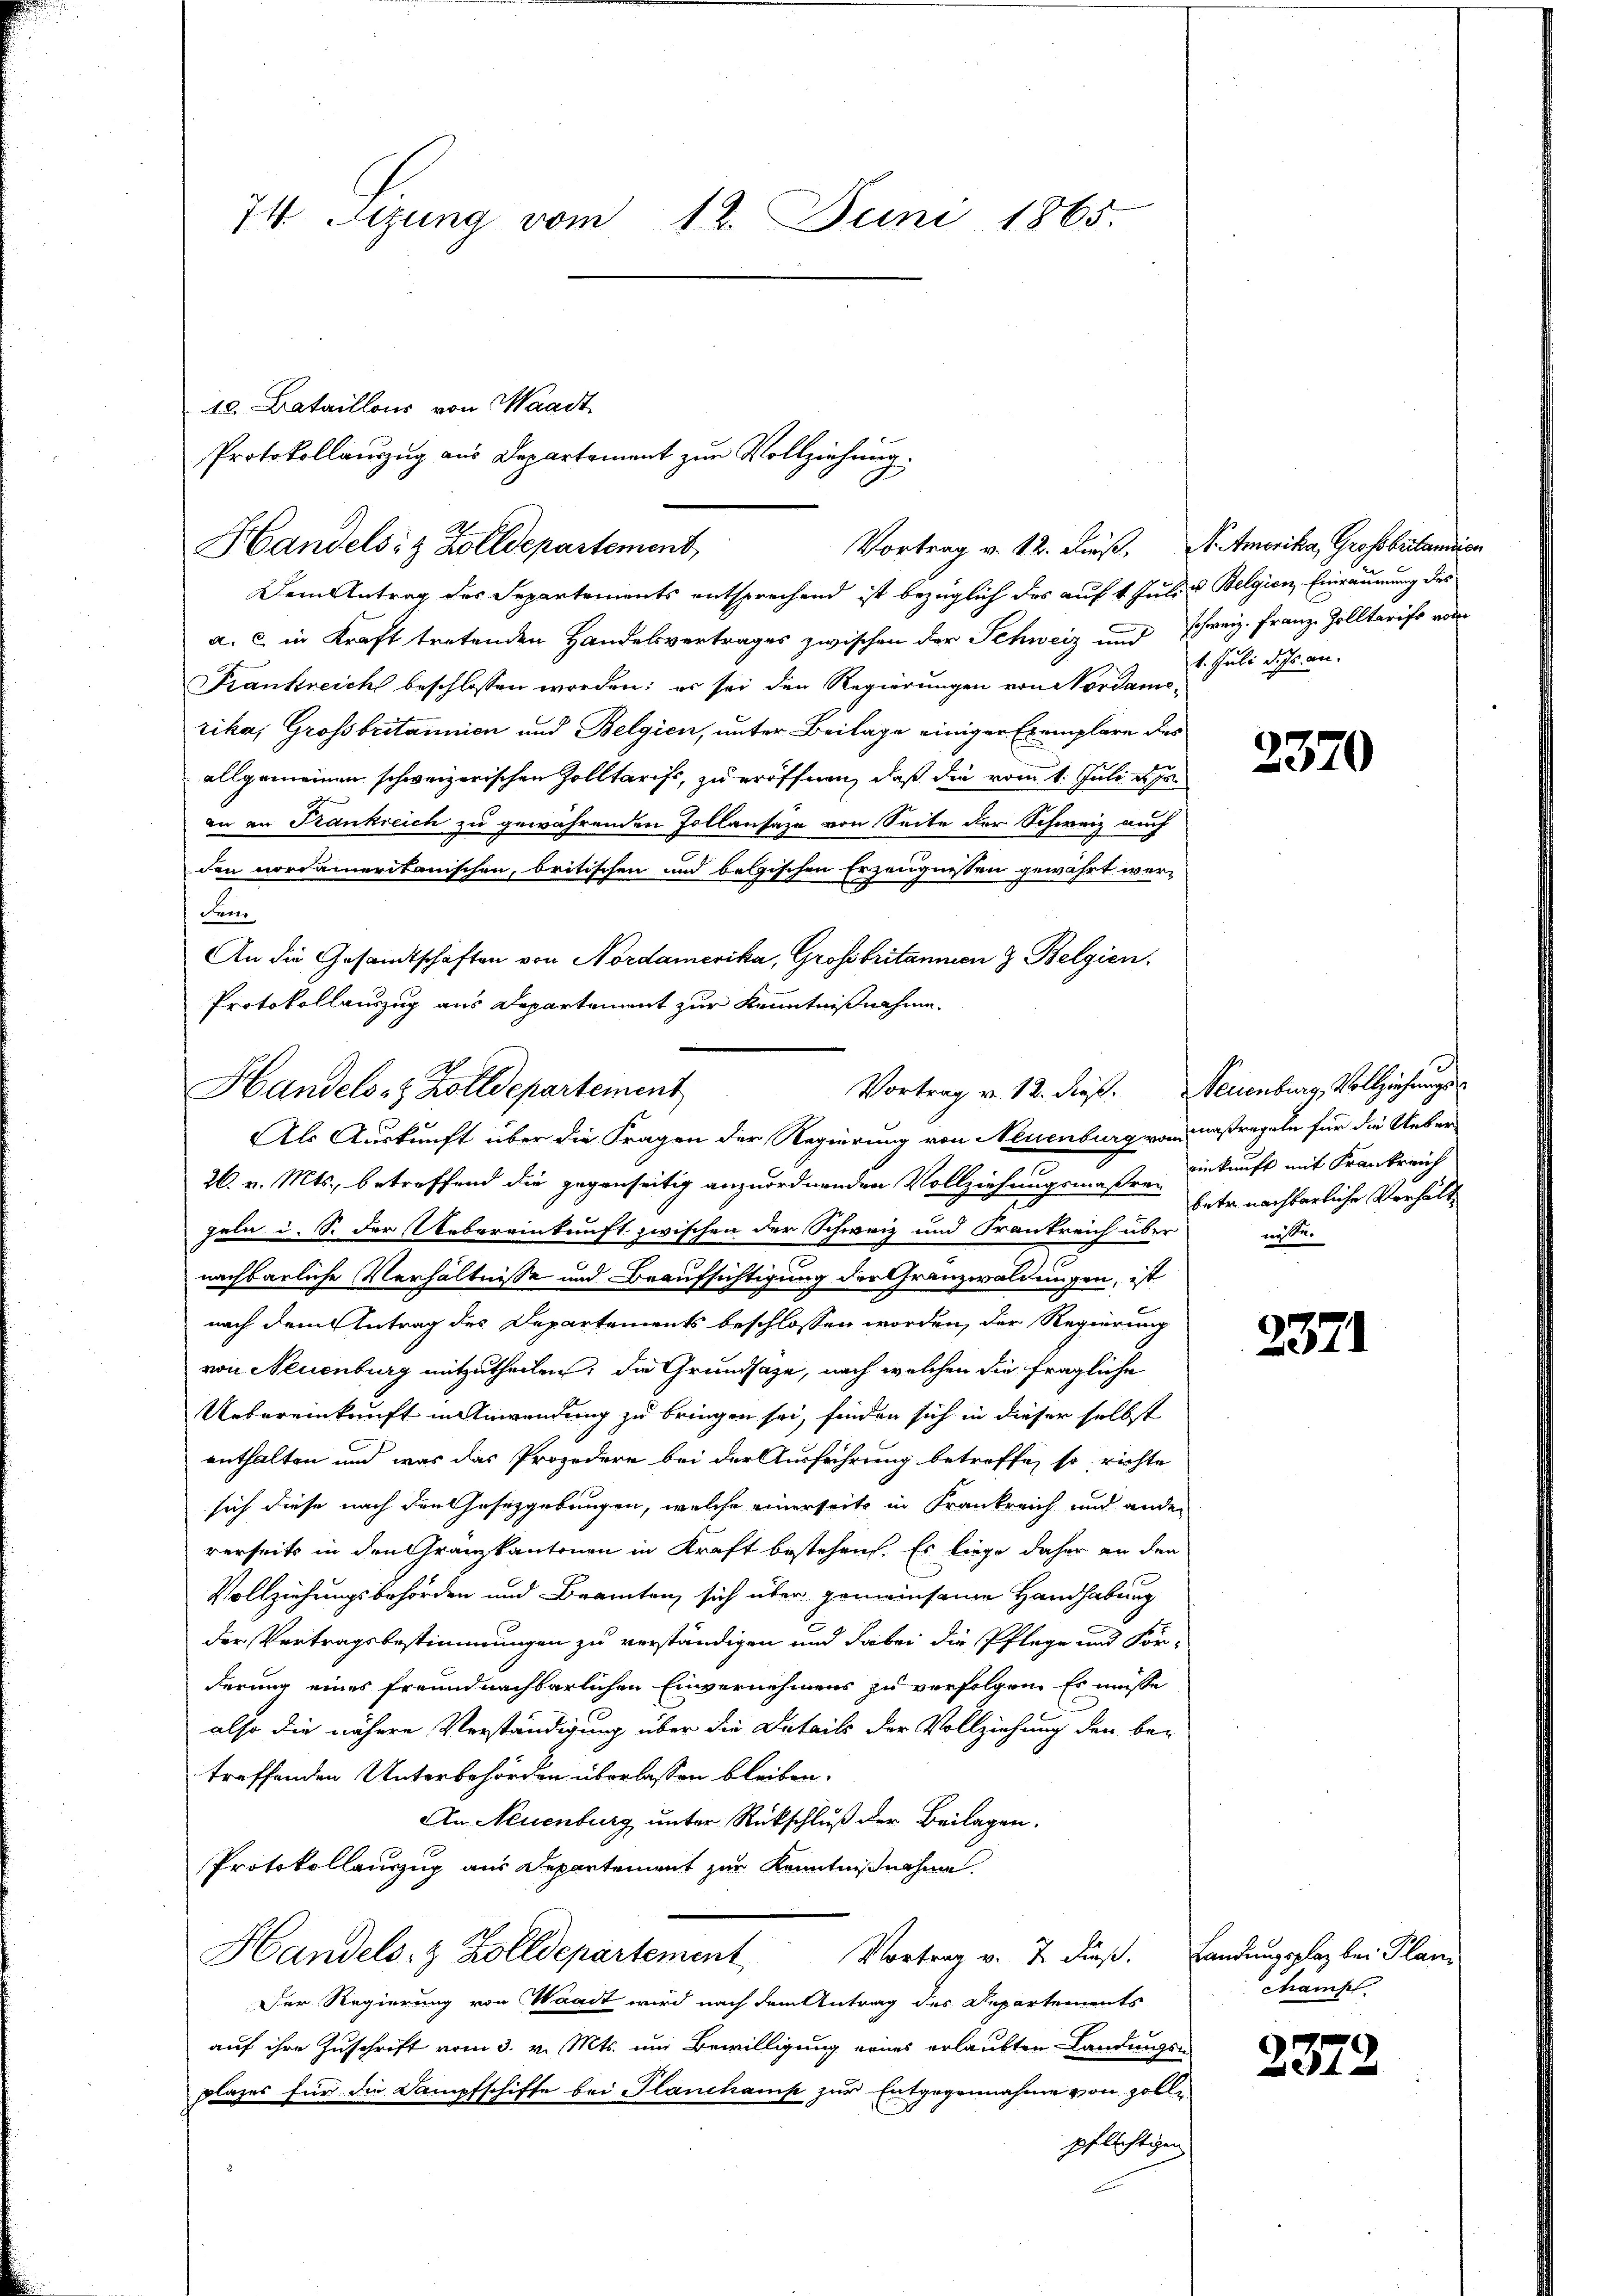
10. Bataillons von Waadt
Protokollauszug aus Departement zur Vollziehung.

74 Sizung vom 12. Juni 1865.

Handels- & Zolldepartement,

Dem Antrag des Separtements entsprechend ist bezüglich das auf 1 Juli & Belgien, Einräumung des
a. c. in Kraft tretenden Handelsvertrages zwischen der Schweiz und Schweiz. Franz Zolltarift vom
Frankreich beschlossen worden: es sei den Regierungen von Vordamerika, Grossbritannien und Belgien, unter Beilage einiger Exemplare des
allgemeinen schweizerischen Zolltarifs, zu eröffnen, daß die vom 1. Juli e
an an Trankreich zu gewährenden Zollansaze von Seite der Schweiz auch
den nordameritanischen, britischen und belgischen Erzeugnissen gewährt wer¬
 Furr
An die Gesamtschaften von Nordamerika, Großbritannien & Belgien.
Protokollauszug aus Departement zur Kenntnißnahme

Vortrag v. 12. dieß. Neuenburg, Vollziehungs¬
Handels- & Zolldepartement
Als Auskunft über die Fragen der Regierung von Neuenburg von Maßregeln für die Ueber¬

Vortrag v. 12. dieß, N. Amerika, Grossbritannien

26. v. Mts., betreffend die gegenseitig anzuordnenden Vollziehungsmaßen Ankunft mit Frankreich
peln u. S. der Uebereinkunft zwischen der Schweiz und Frankreich über
nachbarliche Verhältnisse und Beaufsichtigung der Granzwaldungen, ist
nach dem Antrag des Departements beschlossen worden, der Regierung
von Neuenburg mitzutheilen; die Grundsätze, nach welchen die fragliche
Uebereinkunft in Anwendung zu bringen sei, finden sich in dieser selbst
enthalten und was das Projedere bei der Ausführung betreffe, so richte
sich diese nach den Gesetzgebungen, welche einerseits in Frankreich und ander
rerseits in den Granzkantonen in Kraft bestehen. Es liege daher an den
Vollziehungsbehörden und Beamten, sich über gemeinsame Handhabung
der Vertragsbestimmungen zu verständigen und dabei die Pflege und For-
derung eines freundnachbarlichen Einvernehmens zu verfolgen. Es müsse
also die nähere Verständigung über die Details der Vollziehung den be-
treffenden Unterbehörden überlassen bleiben.
An Neuenburg unter Rückschluß der Beilagen.
Protokollauszug aus Departement zur Kenntnißnahme.
Handels- & Zolldepartement Vortrag v. J. dieβ. Landŭngsplaz bei Plan
Der Regierung von Waadt wird nach dem Antrag des Departements
auf ihre Zuschrift vom 3. v. Mts. um Bewilligung eines erlaubten Landungsplazes für die Dampfschiffe bei Planchamp zur Entgegennahme von Zolle
pflichtigen

4. Juli d. Js. an.

2370

betr. nachbarliche Verhält
nete.

2371

champt

2372